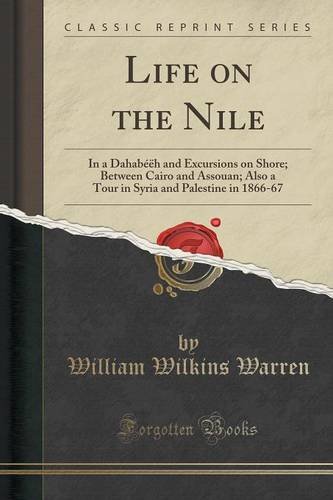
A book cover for Life on the Nile: In a DahabÃ©Ã«h and Excursions on Shore; Between Cairo and Assouan; Also a Tour in Syria and Palestine in 1866-67 (Classic Reprint); William Wilkins Warren; Travel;